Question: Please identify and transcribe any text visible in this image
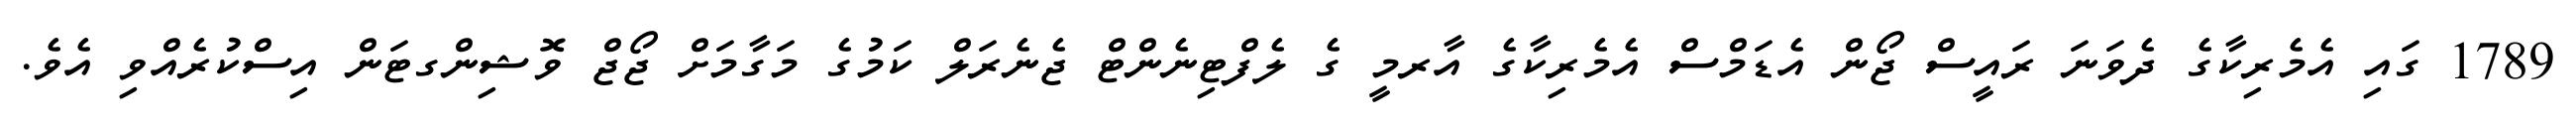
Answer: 1789 ގައި އެމެރިކާގެ ދެވަނަ ރައީސް ޖޯން އެޑަމްސް އެމެރިކާގެ އާރމީ ގެ ލެފްޓިނެންޓް ޖެނެރަލް ކަމުގެ މަގާމަށް ޖޯޖް ވޮޝިންގޓަން އިސްކުރެއްވި އެވެ.